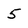
Character: 5